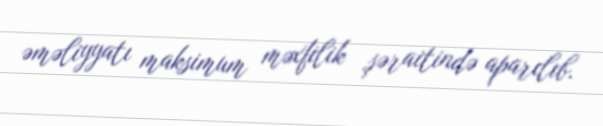
əməliyyatı maksimum məxfilik şəraitində aparılıb.